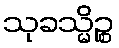
သုခသ္မိဉ္စ